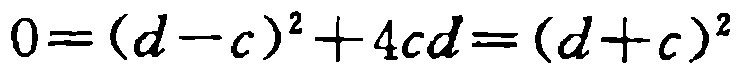
\(0=(d - c)^2 + 4cd=(d + c)^2\)